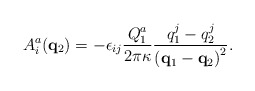
\begin{align*}A^a_i ({\bf q}_2) =-\epsilon_{ij}\frac{Q^a_1}{2\pi\kappa}\frac{q^j_1-q^j_2}{\left({\bf q}_1-{\bf q}_2\right)^2}.\end{align*}